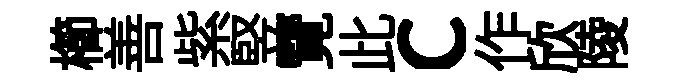
櫛善紫竪覽此c作欣陵